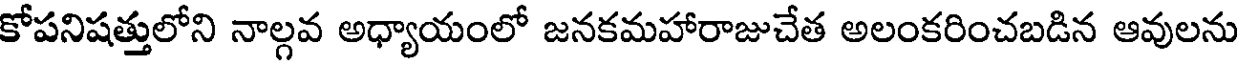
కోపనిషత్తులోని నాల్గవ అధ్యాయంలో జనకమహారాజుచేత అలంకరించబడిన ఆవులను